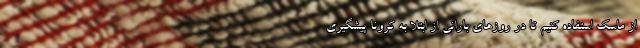
از ماسک استفاده کنیم تا در روزهای بارانی از ابتلا به کرونا پیشگیری